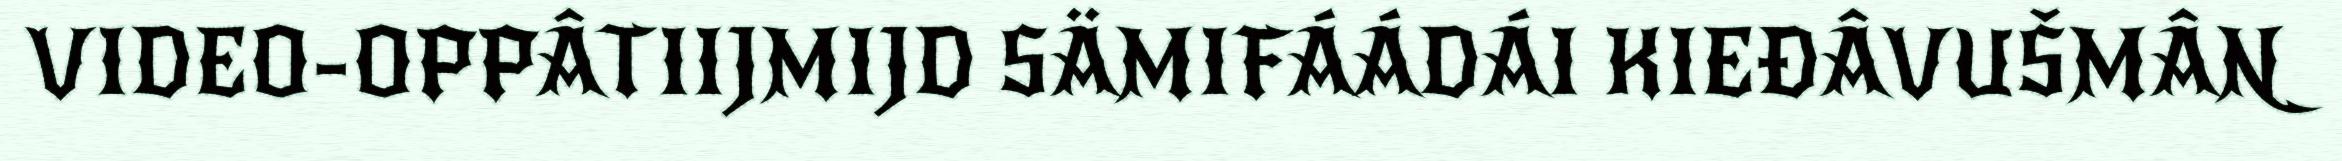
VIDEO-OPPÂTIIJMIJD SÄMIFÁÁDÁI KIEĐÂVUŠMÂN